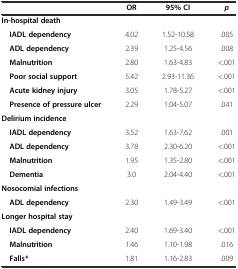
<table><thead><tr><td></td><td><b>OR</b></td><td><b>95% CI</b></td><td><b><i>p</i></b></td></tr></thead><tbody><tr><td><b>In-hospital death</b></td><td></td><td></td><td></td></tr><tr><td> <b>IADL dependency</b></td><td>4.02</td><td>1.52-10.58</td><td>.005</td></tr><tr><td> <b>ADL dependency</b></td><td>2.39</td><td>1.25-4.56</td><td>.008</td></tr><tr><td> <b>Malnutrition</b></td><td>2.80</td><td>1.63-4.83</td><td>&lt;.001</td></tr><tr><td> <b>Poor social support</b></td><td>5.42</td><td>2.93-11.36</td><td>&lt;.001</td></tr><tr><td> <b>Acute kidney injury</b></td><td>3.05</td><td>1.78-5.27</td><td>&lt;.001</td></tr><tr><td> <b>Presence of pressure ulcer</b></td><td>2.29</td><td>1.04-5.07</td><td>.041</td></tr><tr><td><b>Delirium incidence</b></td><td></td><td></td><td></td></tr><tr><td> <b>IADL dependency</b></td><td>3.52</td><td>1.63-7.62</td><td>.001</td></tr><tr><td> <b>ADL dependency</b></td><td>3.78</td><td>2.30-6.20</td><td>&lt;.001</td></tr><tr><td> <b>Malnutrition</b></td><td>1.95</td><td>1.35-2.80</td><td>&lt;.001</td></tr><tr><td> <b>Dementia</b></td><td>3.0</td><td>2.04-4.40</td><td>&lt;.001</td></tr><tr><td><b>Nosocomial infections</b></td><td></td><td></td><td></td></tr><tr><td> <b>ADL dependency</b></td><td>2.30</td><td>1.49-3.49</td><td>&lt;.001</td></tr><tr><td><b>Longer hospital stay</b></td><td></td><td></td><td></td></tr><tr><td> <b>IADL dependency</b></td><td>2.40</td><td>1.69-3.40</td><td>&lt;.001</td></tr><tr><td> <b>Malnutrition</b></td><td>1.46</td><td>1.10-1.98</td><td>.016</td></tr><tr><td> <b>Falls*</b></td><td>1.81</td><td>1.16-2.83</td><td>.009</td></tr></tbody></table>